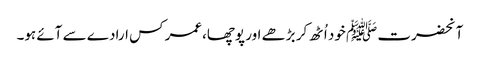
آنحضرت ﷺ خود اُٹھ کر بڑھے اور پوچھا،عمر کس ارادے سے آئے ہو۔